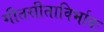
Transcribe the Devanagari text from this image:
गीतसीताविर्भावः